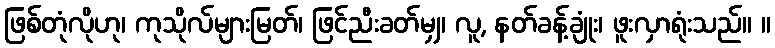
ဖြစ်တုံလိုဟု၊ ကုသိုလ်များမြတ်၊ ဖြင်ညီးခတ်မျှ၊ လူ, နတ်ခန့်ချုံး၊ ဖူးလှာရုံးသည်။ ။